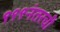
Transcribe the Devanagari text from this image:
९९९नंतरची